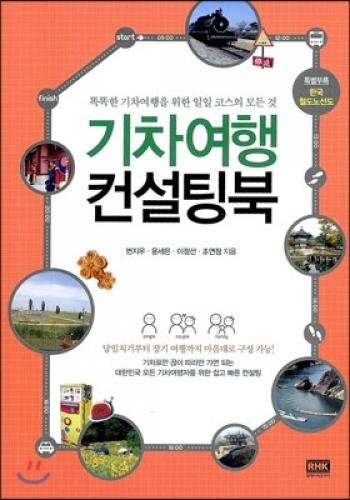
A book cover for Train Travel Consulting North (Korean edition); Byun Jiwoo; Travel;